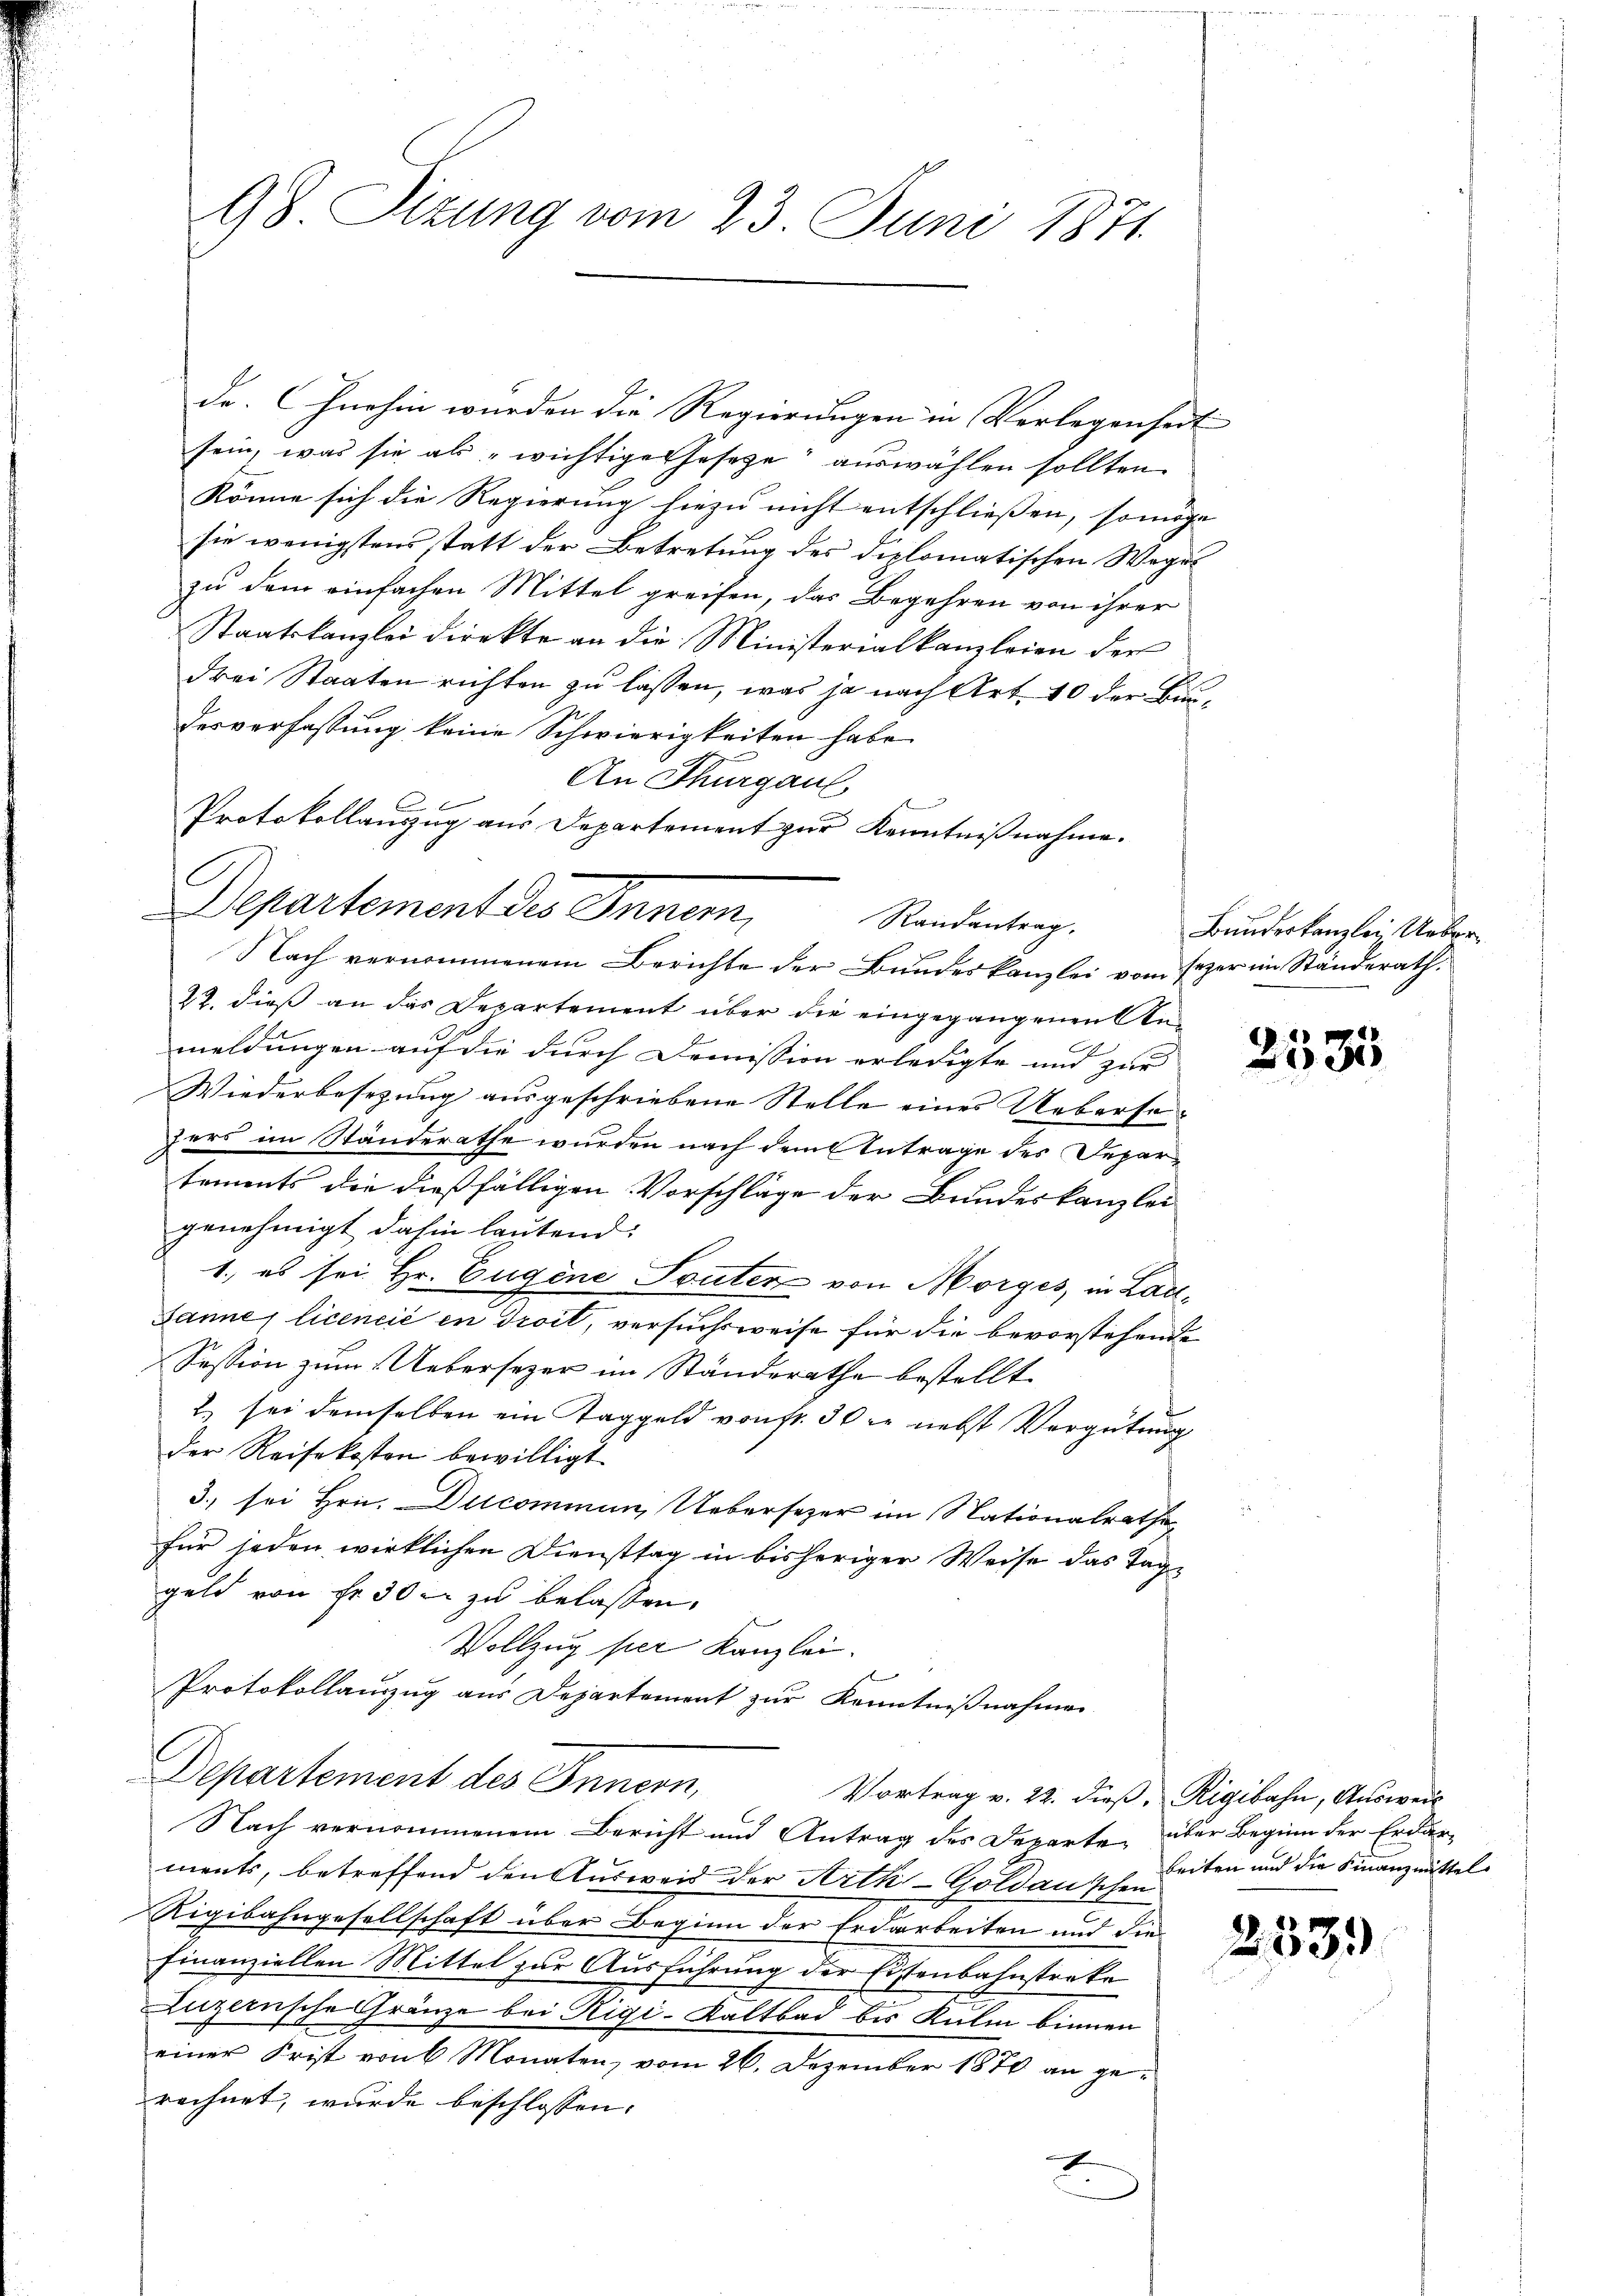
de. Ohnehin wurden die Regierungen in Verlegenheit
sein, was sie als „wichtige Gesetze auswählen sollten.
könne sich die Regierung hiezu nicht entschliessen, so möge
sie wenigstens statt der Betretung des diplomatischen Weges
zu dem einfachen Mittel greifen, das Begehren von ihrer
Staatskanzlei direkte an die Ministerialkanzleien der
drei Staaten richten zu lassen, was ja nach Art. 40 der Budesverfassung keine Schwierigkeiten habe
An Thurgau

Protokollauszug aus Departement zur Kenntnißnahme.
Departement des Innen,
Nach vernommenem Berichte der Bundeskanzlei vom Erzer im Ständerath.
22. dieß an das Departement über die eingegangenen Anmeldungen auf die durch Demission erledigte und zur |
Wiederbesezung ausgeschriebene Stelle eines Uebersofers im Standerathe wurden nach dem Antrage des Departements die dießfälligen Vorschläge der Bundeskanzlei
genehmigt dahin lautend:
1., es sei Hr. Eugene Souten von Morges, in Lau¬
Janne, licencić in droit, versuchsweise für die bevorstehende
Session zum Uebersezer im Ständerathe bestellt.
2. sei demselben ein Taggeld von fr. 30 xr nebst Vergütung
der Reisekosten bewilligt.
3) sei Hrn. Ducominum, Uebersezer im Nationalrathe
für jeden wirklichen Diensttag in bisheriger Weise das Tag-
geld von Fr. 30 x zu belassen.
Vollzug per Kanzlei.
Protokollauszug aus Departement zur Kenntnißnahmen
Departement des Innern,
Vortrag v. 22. dieβ, Rigibahn, Ausweil
Nach vernommenem Bericht und Antrag des Departe, über Beginn der Erdar-
ments, betreffend den Ausweis der Artk-Goldauschen
Rigibahngesellschaft über Beginn der Erdarbeiten und die
finanziellen Mittel zur Ausführung der Eisenbahnstrake
Luzernsche Gränze bei Rigi-Kaltbad bis Kulm binnen
einer Frist von 6 Monaten, vom 26. Dezember 1870 an gerechnet, wurde beschlossen:
I

98. Situng vom 23. Juni 1871.

Randantrag.

Bundeskanzlei Ueber

u

2535

beiten und die Finanzmittel

2339